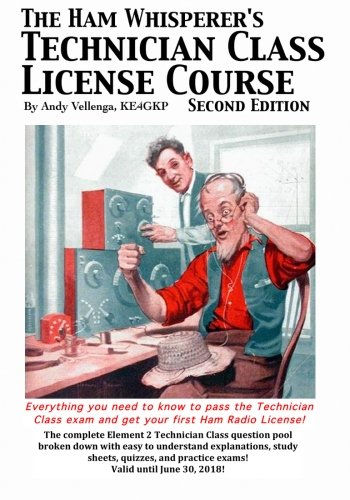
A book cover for The Ham Whisperer's Technician Class License Course Second Edition; Andy Vellenga; Crafts, Hobbies & Home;